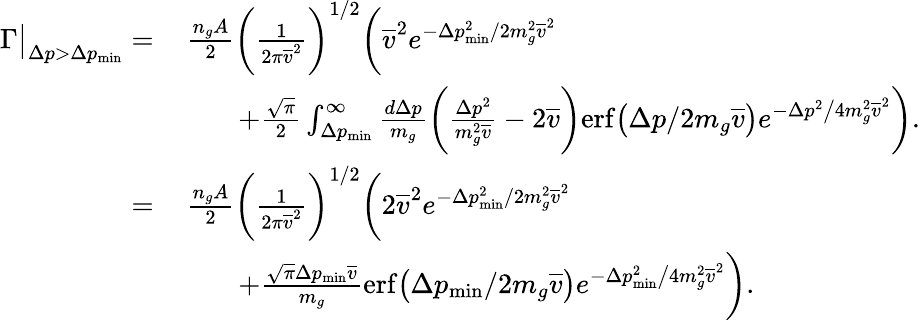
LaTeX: \begin{array}{rl}{\Gamma\big|_{\Delta p>\Delta p_{\mathrm{min}}}=}&{\, \frac{n_{g}A}{2}\bigg(\frac{1}{2\pi\overline{{v}}^{2}}\bigg)^{1/2}\bigg(\overline{{v}}^{2}e^{-\Delta p_{\mathrm{min}}^{2}/2m_{g}^{2}\overline{{v}}^{2}}}\\ &{\qquad+\frac{\sqrt{\pi}}{2}\int_{\Delta p_{\mathrm{min}}}^{\infty}\frac{d\Delta p}{m_{g}}\bigg(\frac{\Delta p^{2}}{m_{g}^{2}\overline{{v}}}-2\overline{{v}}\bigg)\mathrm{erf}\big(\Delta p/2m_{g}\overline{{v}}\big)e^{-\Delta p^{2}\big/4m_{g}^{2}\overline{{v}}^{2}}\bigg).}\\ {=}&{\, \frac{n_{g}A}{2}\bigg(\frac{1}{2\pi\overline{{v}}^{2}}\bigg)^{1/2}\bigg(2\overline{{v}}^{2}e^{-\Delta p_{\mathrm{min}}^{2}/2m_{g}^{2}\overline{{v}}^{2}}}\\ &{\qquad+\frac{\sqrt{\pi}\Delta p_{\mathrm{min}}\overline{{v}}}{m_{g}}\mathrm{erf}\big(\Delta p_{\mathrm{min}}/2m_{g}\overline{{v}}\big)e^{-\Delta p_{\mathrm{min}}^{2}\big/4m_{g}^{2}\overline{{v}}^{2}}\bigg).}\end{array}